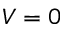
V = 0